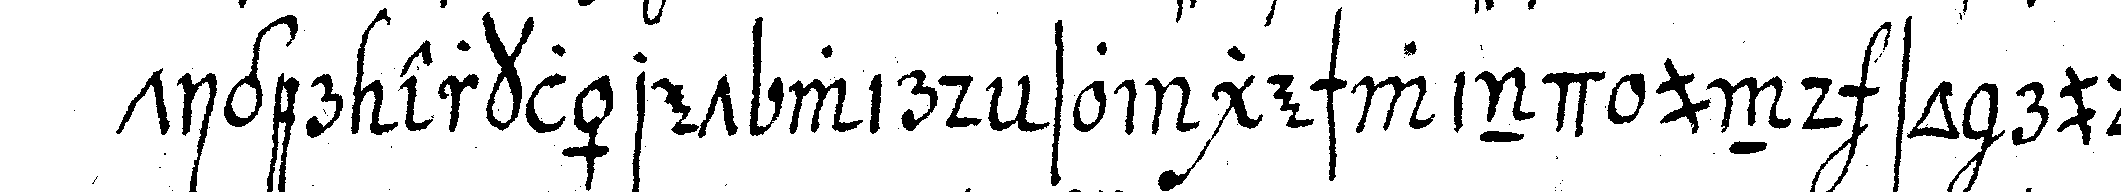
tiger erkläret wird so geschwind und so rude